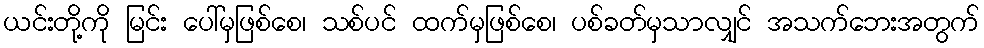
ယင်းတို့ကို မြင်း ပေါ်မှဖြစ်စေ၊ သစ်ပင် ထက်မှဖြစ်စေ၊ ပစ်ခတ်မှသာလျှင် အသက်ဘေးအတွက်